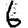
Digit: 6